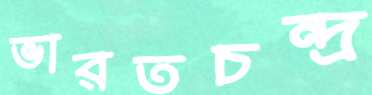
ভারতচন্দ্র